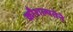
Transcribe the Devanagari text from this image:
कौशल्यतेने